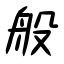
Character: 般